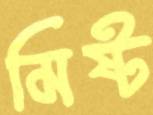
মিষ্ট